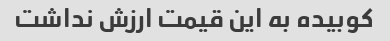
کوبیده به این قیمت ارزش نداشت